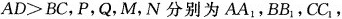
$$AD>BC$$，P，Q，M，N分别为AA_{1}，BB_{1}，CC_{1}，